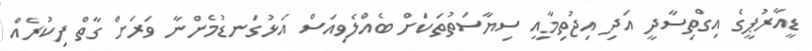
ޑީއާރުޕީގެ އިގްތިސާދީ އަދި އިޖުތިމާއީ ސިޔާސަތުތަކަށް ބެއްލެވިއަސް އަޅުގަނޑުމެންނާ ވަރަށް ގާތް ފިކުރެއް